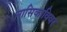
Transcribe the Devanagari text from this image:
नासिकाविवर